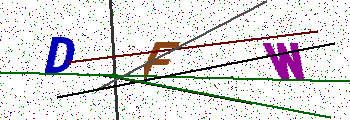
Text: DFW